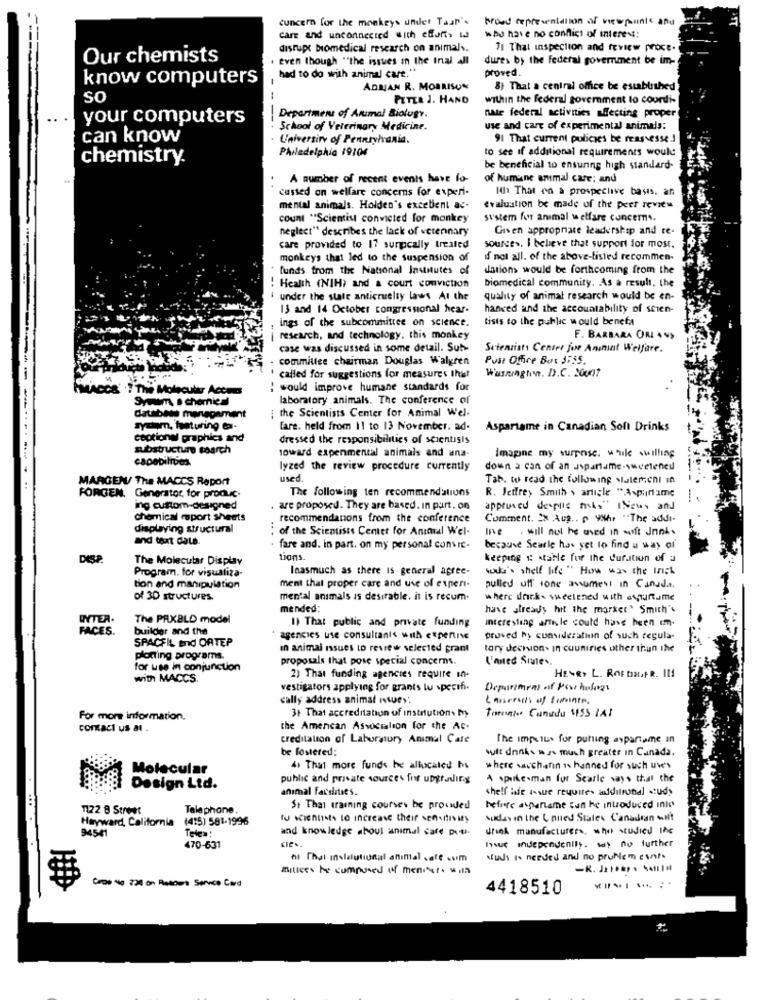
concern for the monkeys under Taan's
broed te presentation of viewpoints and
care and unconnected with efforts Id
who have no conflict of interest:
disrupt biomedical research on animals.
71 That inspection and review proce.
Our chemists
even though "the issues in the Inal All
dures by the federal government be im-
proved.
know computers
had to do with animal care."
ADRIAN R. MORRISON
8) That a central office be established
so
PETER J. HAND
within the federal government to coordi-
your computers
Department of Animal Biology.
nate federal activities affecting proper
School of Veterinary Medicine.
use and care of experimental animals:
can know
University of Pennsylvania.
91 That current policies be reas esse.]
Philadelphia 19104
to see if additional requirements would
chemistry
be beneficial to ensunng high standard-
A number of recent events have lo-
of humane animal care; and
cussed on welfare concerns for experi-
Ih That en a prospective basis, an
mental animals. Holden's excellent ac-
evaluation be made of the peet review
Count "Scientist convicted for monkey
system for animal welfare concems.
neglect" describes the lack of vetennary
Given appropnate leadership and te-
care provided to 17 surcally treated
sources. I believe that support for most.
monkeys that led to the suspension of
d not all. of the above-listed recommen-
funds from the National Institutes of
dations would be forthcoming from the
biomedical community. As a result, the
! Health (NIH) and a court conviction
.-
i under the state anticruelty laws At the
quality of animal research would be en-
13 and 14 October congressional hear-
hanved and the accountability of scien-
ings of the subcommittee on science.
tists to the public would benefa
research, and technology, this monkey
F. BARBARA ORL ANS
case was discussed in some detail. Sub-
Scientists Center for Animal Welfare.
committee chairman Douglas Walgren
Post Office Box 3755.
Washington. D.C. 20un?
---
called for suggestions for measures that
MACCA' ? The Molecular Acca
would improve humane standards for
Symum, a chemical
laboratory animals. The conference of
: the Scientists Center for Animal Wel-
database menepament
Tysam, featuring ta-
fare. held from 11 to 13 November. ad-
Aspartame in Canadian Soft Drinks
ceptionel graphics and
dressed the responsibilities of scientists
substructure soarch
capabilities
toward expenmental animals and ana-
Imagine my surpose. while wwilling
lyzed the review procedure currently
down a can of an uspartame sweetened
MARGEN/ The MACCS Report
used.
Tab. to read the following statement in
The following ten recommendations
R. Jeffrey Smith > article "Aspartame
FORGEN. Generator, for produc-
ing custom-designed
. are proposed. They are based. In part. on
approved despls fils" INews and
chemical mport sheets
recommendations from the conference
Comment. Xx Aug. 0 98h. "The addi-
displaying structural
of the Scientists Center for Animal W'el-
. will nul he aved in wift Jnnis
and text dals
fare and. in part. on my personal convic-
because Searle has yet to find a way of'
DISP
The Molecular Display
tions.
keeping 1: Atable for the duration of a
Program. for visualiza-
Inasmuch as there Is general agree-
solo's shelf life" How was the Inch
tion and manipulation
ment that proper care and use of experi-
pulled off ione assumesi in Canada.
of 30 structures.
mental animals is desirable. it is recum.
where dricks sweetened with asauftume
mended:
have already hit the marker' Smith's
UNTER.
The PAXBLD model
I) That public and private funding
interesting afin, le could have been im.
FACES.
builder and the
SPACFIL End ORTEP
agencies use consultants with expertise
proved by consideration of such regula-
in animal issues to review selected grant
tary deenvion- In countries other than the
plotting programs.
proposals that pose special concerns.
L'aned Siutes.
for use in conjunction
HENRY L. ROF DR.FR. I11
with MACCS.
2) That funding agencies require in-
vestigators applying for grants lu specth.
Department of Pour hology
cally address animal issues:
31 That accreditation of institution, by
Torente Cunudu 155 /4!
For more information.
contact us al.
the American Association for the AC.
creditation of Laboratory Animal Care
The impetus for putting aspartame in
be fostered:
wit donks was much greater in Canada.
Molecular
4+ That more funds be allocated hs
where saccharin is hanned for such uwe's
public and private sources for upgrading
A spokesman fur Scarle says that the
Design Ltd.
animal Facilities.
chelf Hade issue require additional study
.. .
1122 8 Street
Telephone
St That training courses be provided
before auganame tan he introduced inte
Hayward, California
(415) 581-1996
to scientists to increase their sensitivity
suday in the United States Canadian Ht
94541
Tele»:
and knowledge about animal cafe petl.
drink manufacturers, who studied Inc
hout independently. w> no further
470-631
hi That inslautiunal animal safe .om
Muss Is needed and no pruhem conf.
millees ho composed of menses 4.15
-K. J ..... . ..!! #
Cros No 734 on Retours Service Card
4418510